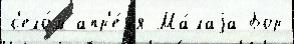
с'ело́м апр'е́л'я Ма́лаjа Бор